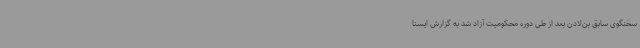
سخنگوی سابق بن‌لادن بعد از طی دوره محکومیت آزاد شد به گزارش ایسنا